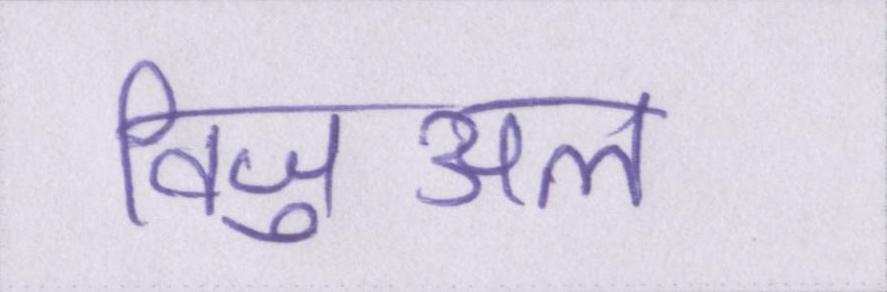
विजुअल